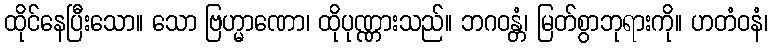
ထိုင်နေပြီးသော။ သော ဗြဟ္မာဏော၊ ထိုပုဏ္ဏားသည်။ ဘဂဝန္တံ၊ မြတ်စွာဘုရားကို။ ဟတံဝနံ၊